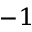
^ { - 1 }